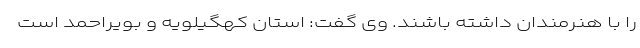
را با هنرمندان داشته باشند. وی گفت: استان کهگیلویه و بویراحمد است